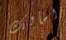
أسألك